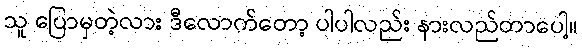
သူ ပြောမှတဲ့လား ဒီလောက်တော့ ပါပါလည်း နားလည်တာပေါ့။